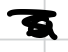
Text: a
Cross-out: scratch
Writing tool: digital_black